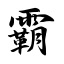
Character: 霸